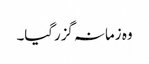
وہ زمانہ گزرگیا۔